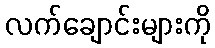
လက်ချောင်းများကို